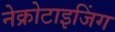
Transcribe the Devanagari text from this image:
नेक्रोटाइजिंग